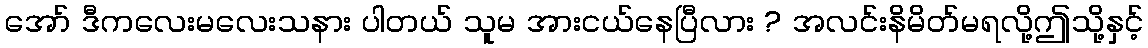
အော် ဒီကလေးမလေးသနား ပါတယ် သူမ အားငယ်နေပြီလား ? အလင်းနိမိတ်မရလို့ဤသို့နှင့်